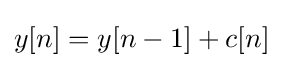
y[n]=y[n-1]+c[n]